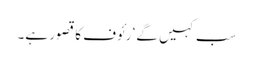
سب کہیں گے‘ رئوف کا قصور ہے۔